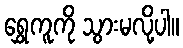
ရွှေကူကို သွားမလို့ပါ။